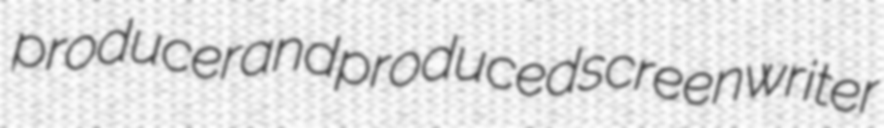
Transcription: producer and produced screenwriter